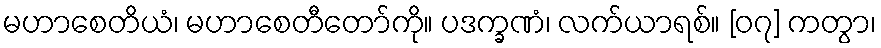
မဟာစေတိယံ၊ မဟာစေတီတော်ကို။ ပဒက္ခဏံ၊ လက်ယာရစ်။ [၀၇] ကတွာ၊